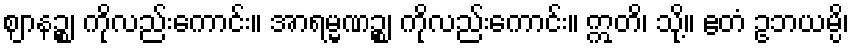
ဈာနဉ္စ၊ ကိုလည်းကောင်း။ အာရမ္မဏဉ္စ၊ ကိုလည်းကောင်း။ ဣတိ၊ သို့။ ဧတံ ဥဘယမ္ပိ၊